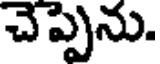
చెప్పెను.